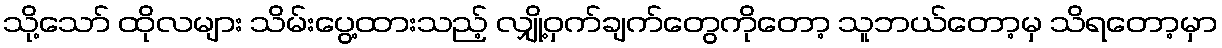
သို့သော် ထိုလများ သိမ်းပွေ့ထားသည့် လျှို့ဝှက်ချက်တွေကိုတော့ သူဘယ်တော့မှ သိရတော့မှာ